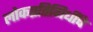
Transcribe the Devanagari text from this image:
लोकप्रतिनिधींचे